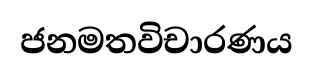
ජනමතවිචාරණය